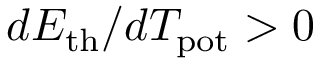
d E _ { \mathrm { t h } } / d T _ { \mathrm { p o t } } > 0